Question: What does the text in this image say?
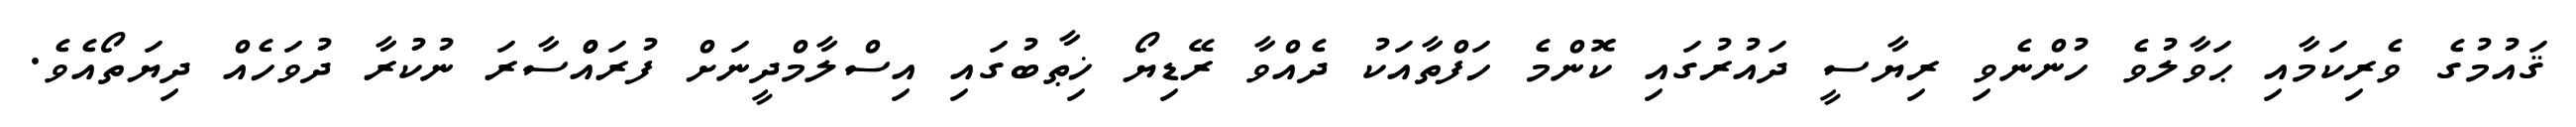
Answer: ޤައުމުގެ ވެރިކަމާއި ޙަވާލުވެ ހުންނެވި ރިޔާސީ ދައުރުގައި ކޮންމެ ހަފްތާއަކު ދެއްވާ ރޭޑިޔޯ ޚިޠާބުގައި އިސްލާމްދީނަށް ފުރައްްސާރަ ނުކުރާ ދުވަހެއް ދިޔަތޯއެވެ.